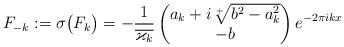
LaTeX: \begin{align*}F_{-k}:=\sigma\big(F_k\big)=-\frac{1}{\overline{\varkappa_k}}\begin{pmatrix}a_k+i \sqrt[+]{b^2-a_k^2}\\-b\end{pmatrix}e^{-2\pi i k x}\end{align*}